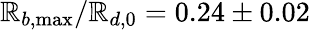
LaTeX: \mathbb{R}_{b,\operatorname*{max}}/\mathbb{R}_{d,0}=0.24\pm0.02